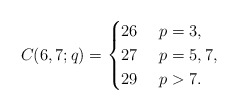
\begin{align*}C(6,7;q)=\begin{cases}26&\ p=3,\cr27&\ p=5,7,\cr29&\ p>7.\end{cases}\end{align*}